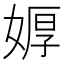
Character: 𮱎